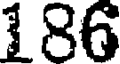
186